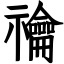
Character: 禴